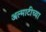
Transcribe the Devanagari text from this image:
अल्माटीच्या